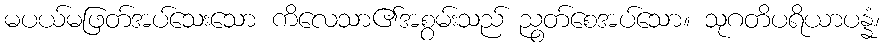
မပယ်မဖြတ်အပ်သေးသော ကိလေသာ၏အစွမ်းသည် ညွတ်စေအပ်သော။ သုဂတိပရိယာပန္နံ၊